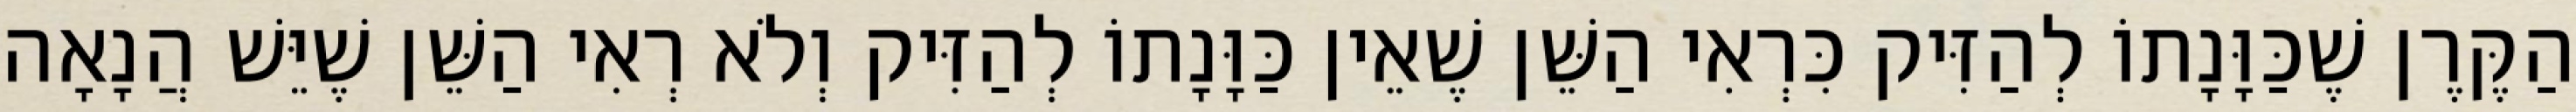
הַקֶּרֶן שֶׁכַּוָּנָתוֹ לְהַזִּיק כִּרְאִי הַשֵּׁן שֶׁאֵין כַּוָּנָתוֹ לְהַזִּיק וְלֹא רְאִי הַשֵּׁן שֶׁיֵּשׁ הֲנָאָה